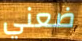
ضعني